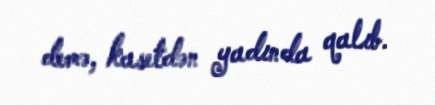
demə, kasetdən yadında qalıb.